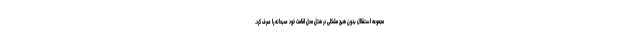
مجموعه استقلال بدون هیچ مشکلی در هتل محل اقامت خود صبحانه را صرف کرد.